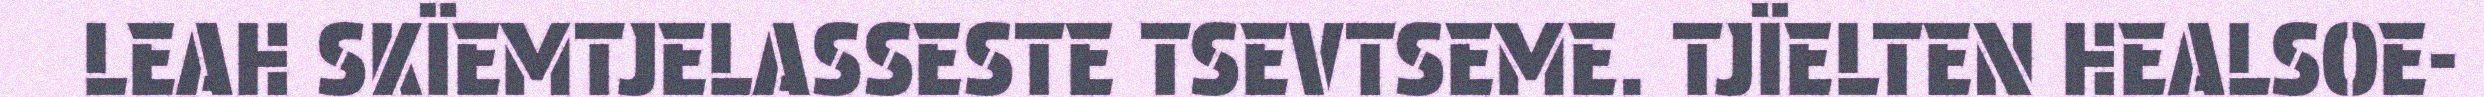
LEAH SKÏEMTJELASSESTE TSEVTSEME. TJÏELTEN HEALSOE-